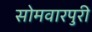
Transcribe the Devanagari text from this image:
सोमवारपुरी